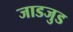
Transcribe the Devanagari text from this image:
जाडजुड